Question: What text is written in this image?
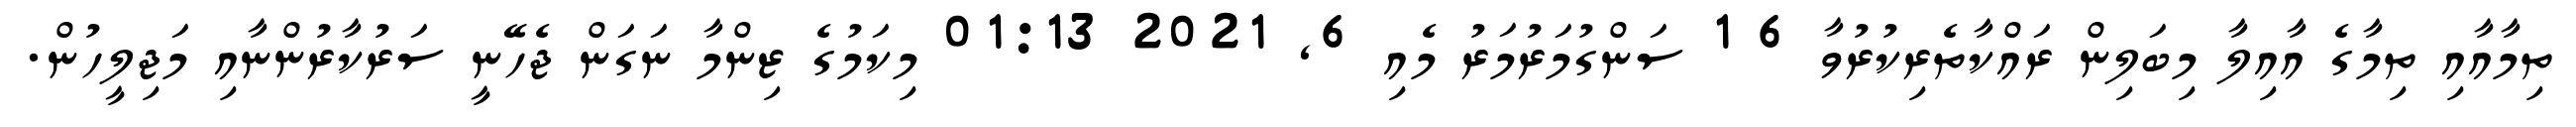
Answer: ތިމާއާއި ތިމާގެ އާއިލާ މިބަލިން ރައްކާތެރިކުރުވާ 6 1 ސަންގުމަރުމަރު މެއި 6, 2021 01:13 މިކަމުގެ ޒިންމާ ނަގަން ޖެހޭނީ ސަރުކާރުންނާއި މަޖިލީހުން.